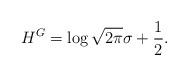
LaTeX: \begin{align*}H^{G}=\log \sqrt{2\pi} \sigma+\frac{1}{2}. \end{align*}